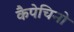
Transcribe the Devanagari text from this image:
कैपेचिनो